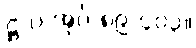
ဋ္ဌ-ပ-အုပ်-၈၉-၄၀၃။